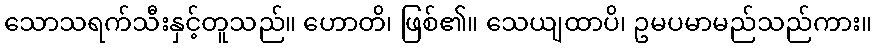
သောသရက်သီးနှင့်တူသည်။ ဟောတိ၊ ဖြစ်၏။ သေယျထာပိ၊ ဥမပမာမည်သည်ကား။